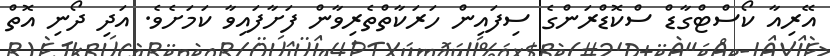
އޭރިއާ ކޯސްޓްގާޑް ސްކޮޑްރަންގެ ސިފައިން ހަރަކާތްތެރިވާން ފަށާފައިވާ ކަމަށެވެ. އަދި ދޯނި އޮތް